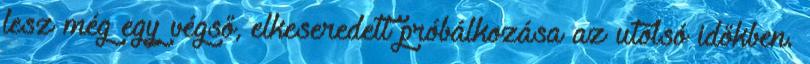
lesz még egy végső, elkeseredett próbálkozása az utolsó időkben.